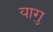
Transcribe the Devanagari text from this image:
यागु